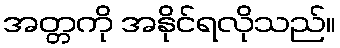
အတ္တကို အနိုင်ရလိုသည်။